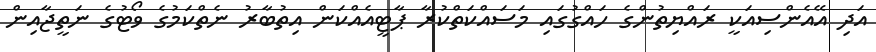
އަދި އޭއެންސިއަކީ ރައްޔިތުންގެ ހައްގުގައި މަސައްކަތްކުރާ ޕާޓީއެއްކަން އިތުބާރު ނެތްކަމުގެ ވޯޓުގެ ނަތީޖާއިން